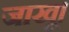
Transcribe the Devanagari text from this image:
जाखू।